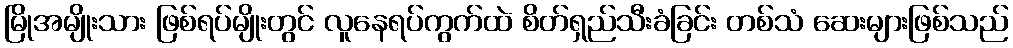
မြိုအမျိုးသား ဖြစ်ရပ်မျိုးတွင် လူနေရပ်ကွက်ထဲ စိတ်ရှည်သီးခံခြင်း တစ်သံ ဆေးများဖြစ်သည်